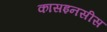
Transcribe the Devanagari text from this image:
कासइनसीस